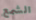
الشمع